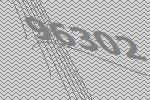
96302